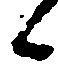
候